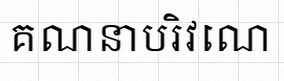
គណនាបរិវេណ